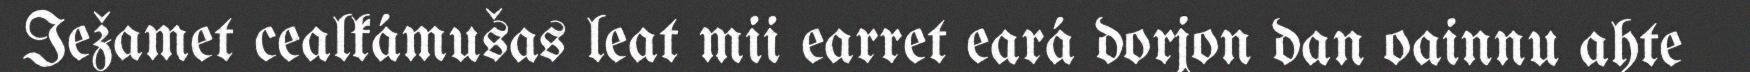
Iežamet cealkámušas leat mii earret eará dorjon dan oainnu ahte